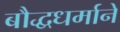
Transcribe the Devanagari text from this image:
बौद्धधर्माने